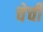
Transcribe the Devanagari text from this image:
चेची